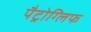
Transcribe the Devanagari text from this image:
पैट्रोग्लिफ